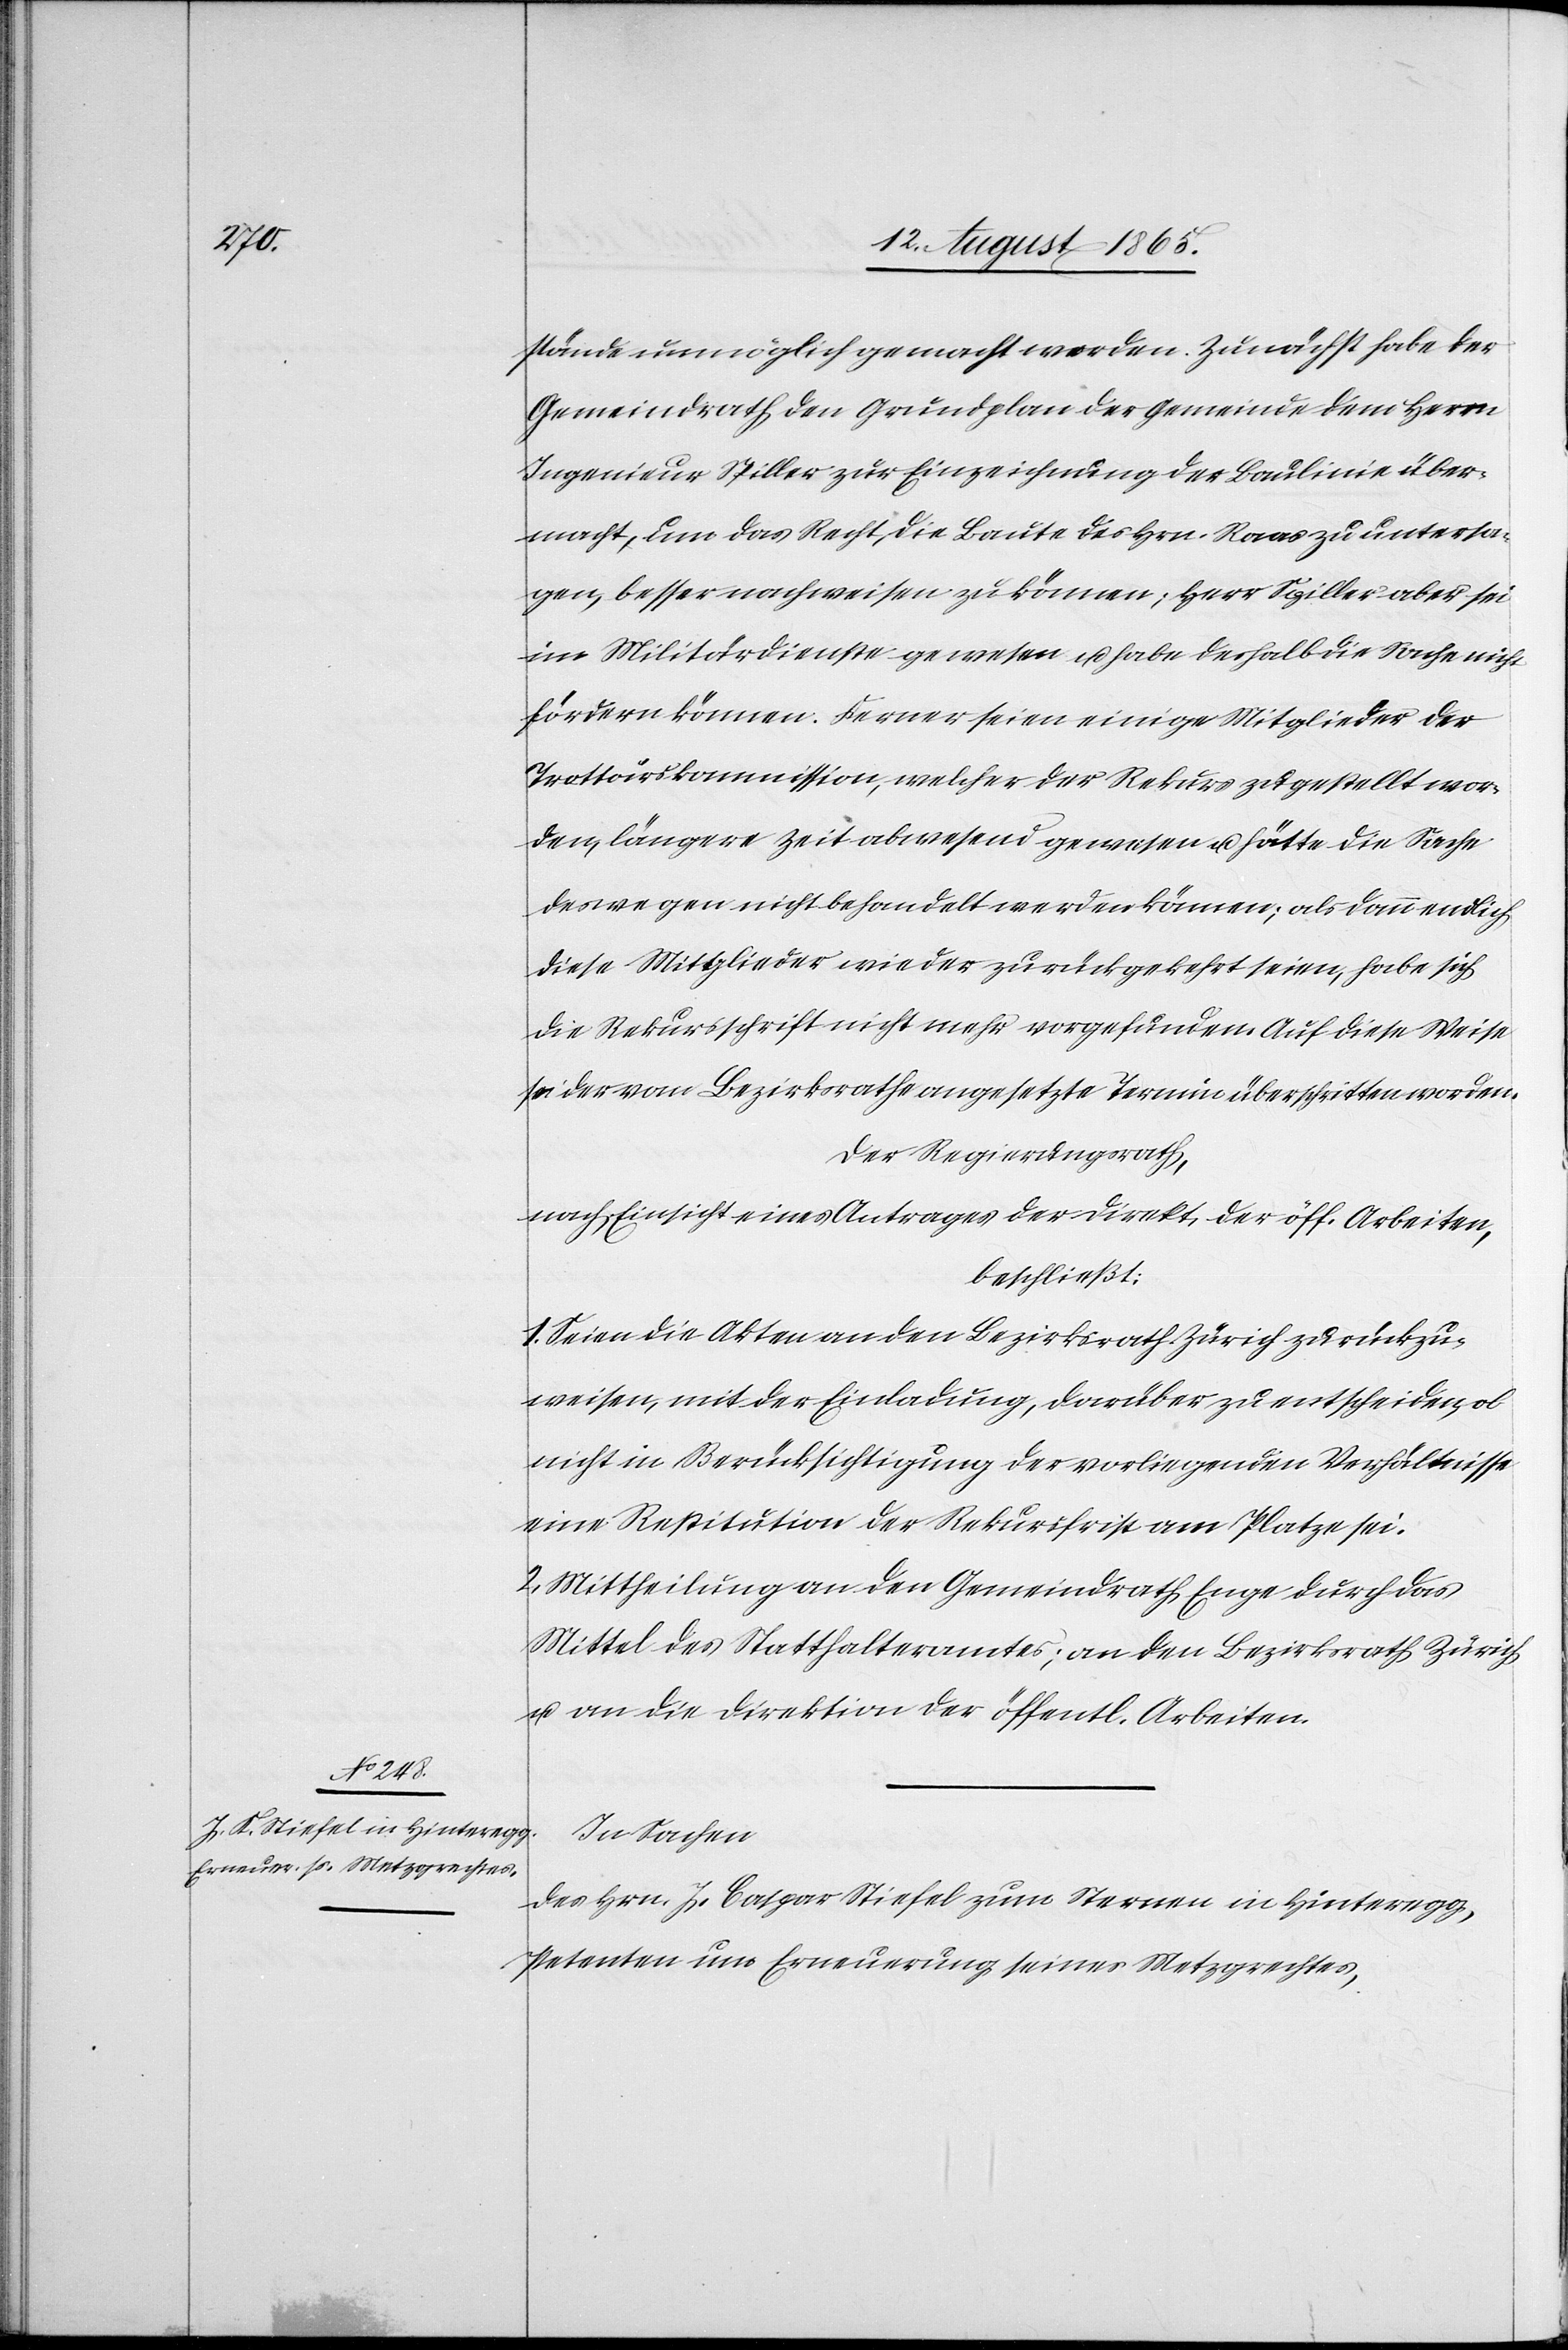
stände unmöglich gemacht worden. Zunächst habe der
Gemeindrath den Grundplan der Gemeinde dem Herrn
Ingenieur Spiller zur Einzeichnung der Baulinie über¬
macht, um das Recht, die Baute des Hrn. Raas zu untersa¬
gen, besser nachweisen zu können; Herr Spiller aber sei
im Militärdienste gewesen u. habe deshalb die Sache nicht
fördern können. Ferner seien einige Mitglieder der
Trottoirskommission, welcher der Rekurs zugestellt wor¬
den, längere Zeit abwesend gewesen u. hätte die Sache
deswegen nicht behandelt werden können; als dann endlich
diese Mitglieder wieder zurückgekehrt seien, habe sich
die Rekursschrift nicht mehr vorgefunden. Auf diese Weise
sei der vom Bezirksrathe angesetzte Termin überschritten worden.
Der Regierungsrath,
nach Einsicht eines Antrages der Direkt. der öff. Arbeiten,
beschließt:
1. Seien die Akten an den Bezirksrath Zürich zurückzu¬
weisen, mit der Einladung, darüber zu entscheiden, ob
nicht in Berücksichtigung der vorliegenden Verhältnisse
eine Restitution der Rekursschrift am Platze sei.
2. Mittheilung an den Gemeindrath Enge durch das
Mittel des Statthalteramtes; an den Bezirksrath Zürich
u. an die Direktion der öffentl. Arbeiten.
In Sachen
des Hrn. J. Caspar Stiefel zum Sternen in Hinteregg,
Petenten um Erneuerung seines Metzgrechtes,